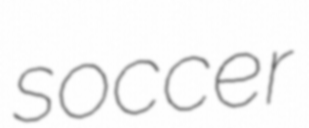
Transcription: soccer